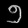
Digit: ၅